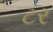
ટર